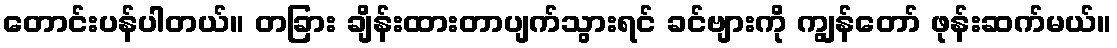
တောင်းပန်ပါတယ်။ တခြား ချိန်းထားတာပျက်သွားရင် ခင်ဗျားကို ကျွန်တော် ဖုန်းဆက်မယ်။